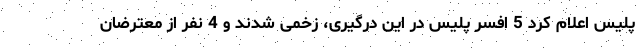
پلیس اعلام کرد 5 افسر پلیس در این درگیری، زخمی شدند و 4 نفر از معترضان